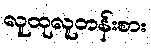
လူထုလူတန်းစား